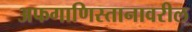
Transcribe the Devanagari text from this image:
अफगाणिस्तानावरील